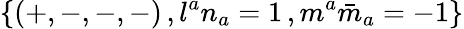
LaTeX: \{ (+,-,-,-)\, ,l^{a}n_{a}=1\, ,m^{a}{\bar{m}}_{a}=-1\}